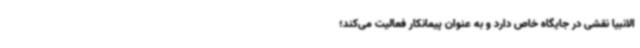
الانبیا نقشی در جایگاه خاص دارد و به عنوان پیمانکار فعالیت می‌کند؛